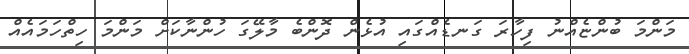
މަންމަ ބުންޏެއްނު ފިހާރަ ގަނޑެއްގައި އުޅެން ދޮންބެ މާލޭގަ ހުންނާކަށް މަންމަ ހިތްހަމައެއް